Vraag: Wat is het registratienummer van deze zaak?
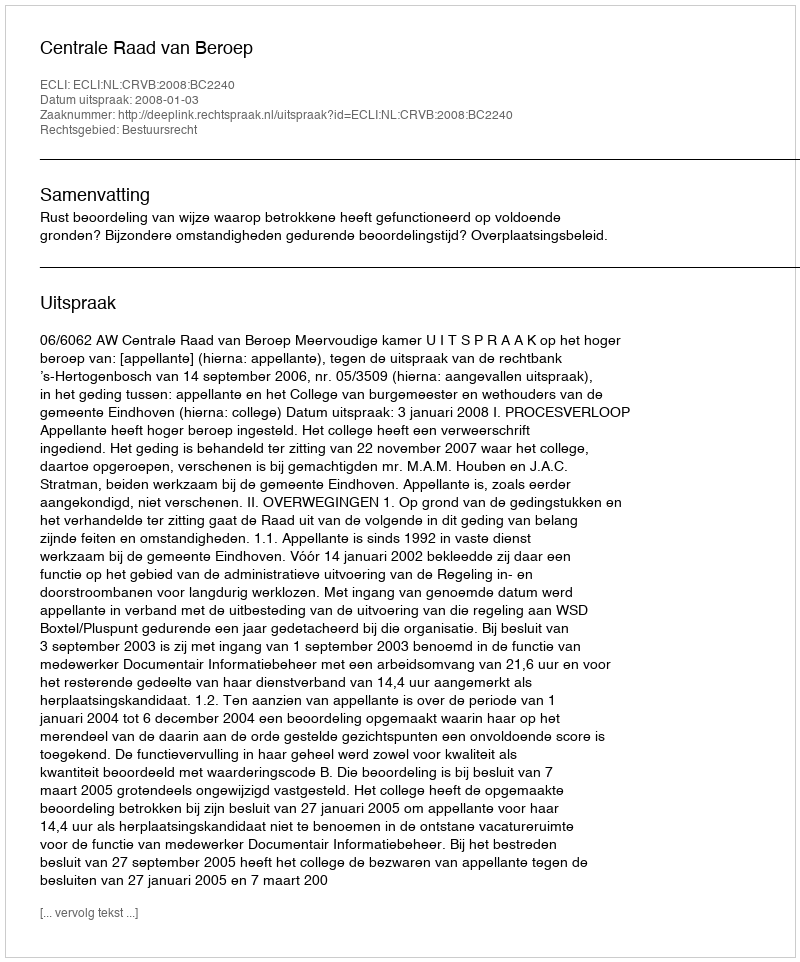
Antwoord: http://deeplink.rechtspraak.nl/uitspraak?id=ECLI:NL:CRVB:2008:BC2240